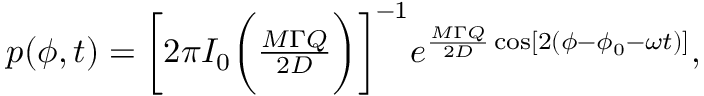
\begin{array} { r } { p ( \phi , t ) = \bigg [ 2 \pi I _ { 0 } \bigg ( \frac { M \Gamma Q } { 2 D } \bigg ) \bigg ] ^ { - 1 } e ^ { \frac { M \Gamma Q } { 2 D } \cos [ 2 ( \phi - \phi _ { 0 } - \omega t ) ] } , } \end{array}